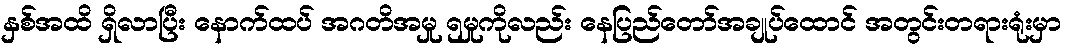
နှစ်အထိ ရှိလာပြီး နောက်ထပ် အဂတိအမှု ၅မှုကိုလည်း နေပြည်တော်အချုပ်ထောင် အတွင်းတရားရုံးမှာ